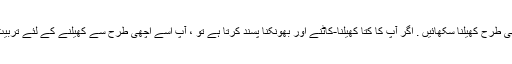
اپنے کتے کو اچھی طرح کھیلنا سکھائیں . اگر آپ کا کتا کھیلنا-کاٹنے اور بھونکنا پسند کرتا ہے تو ، آپ اسے اچھی طرح سے کھیلنے کے لئے تربیت دے سکتے ہیں۔